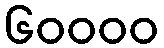
၆၀၀၀၀